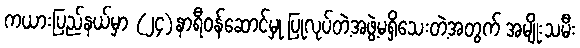
ကယားပြည်နယ်မှာ (၂၄)နာရီဝန်ဆောင်မှု ပြုလုပ်တဲ့အဖွဲ့မရှိသေးတဲ့အတွက် အမျိုးသမီး